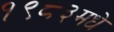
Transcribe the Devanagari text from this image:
१९८३मधे